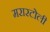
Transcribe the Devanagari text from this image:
मरारटोली